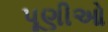
પૂણીઓ